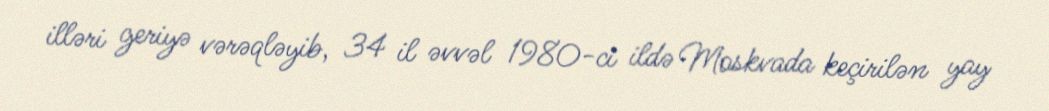
illəri geriyə vərəqləyib, 34 il əvvəl 1980-ci ildə Moskvada keçirilən yay